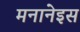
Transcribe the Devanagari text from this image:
मनानेइस